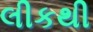
લીકથી